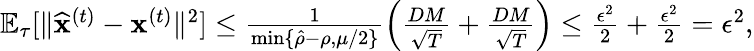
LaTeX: \begin{array}{r}{\mathbb{E}_{\tau}[\| \widehat{\mathbf x}^{(t)}-{\mathbf x}^{(t)}\| ^{2}]\leq\frac{1}{\operatorname*{min}\{ \hat{\rho}-\rho,\mu/2\} }\left(\frac{DM}{\sqrt{T}}+\frac{DM}{\sqrt{T}}\right)\leq\frac{\epsilon^{2}}{2}+\frac{\epsilon^{2}}{2}=\epsilon^{2},}\end{array}